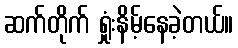
ဆက်တိုက် ရှုံးနိမ့်နေခဲ့တယ်။